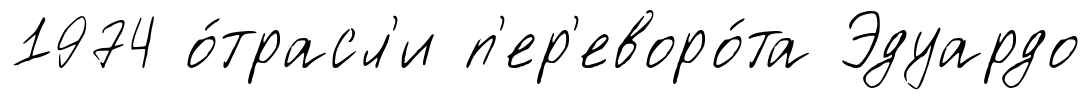
1974 о́трасл'и п'ер'еворо́та Эдуардо